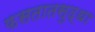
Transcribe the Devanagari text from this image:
फसतातसुद्धा